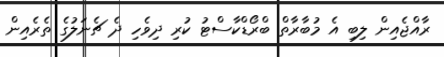
ރާއްޖެއިން ލިބި އެ މުބާރާތް ބްރޯޑްކާސްޓު ކުރި ދިވެހި ދެ ޗެނަލުގެ ތެރެއިން